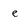
Character: e